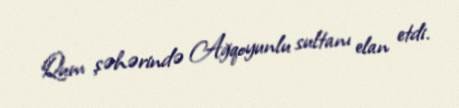
Qum şəhərində Ağqoyunlu sultanı elan etdi.